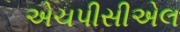
એચપીસીએલ